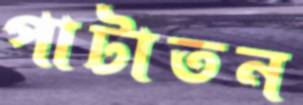
পাটাতন